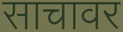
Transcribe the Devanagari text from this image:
साचावर